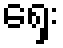
ရှေး